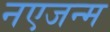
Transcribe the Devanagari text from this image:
नएजन्म